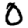
Digit: 0